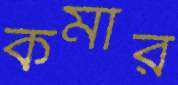
কমার